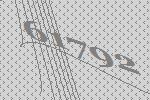
61792